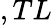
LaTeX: ,TL